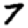
Digit: 7